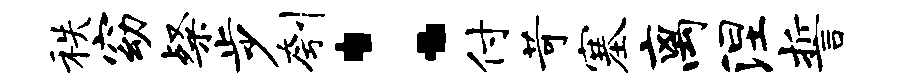
秩窈粲步刳：付苛塞离涅誓